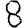
Digit: 8